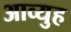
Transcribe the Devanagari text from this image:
आव्युह